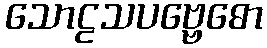
သောဠသပဗ္ဗေဓော